Report on horse surra - Volume II, Part I
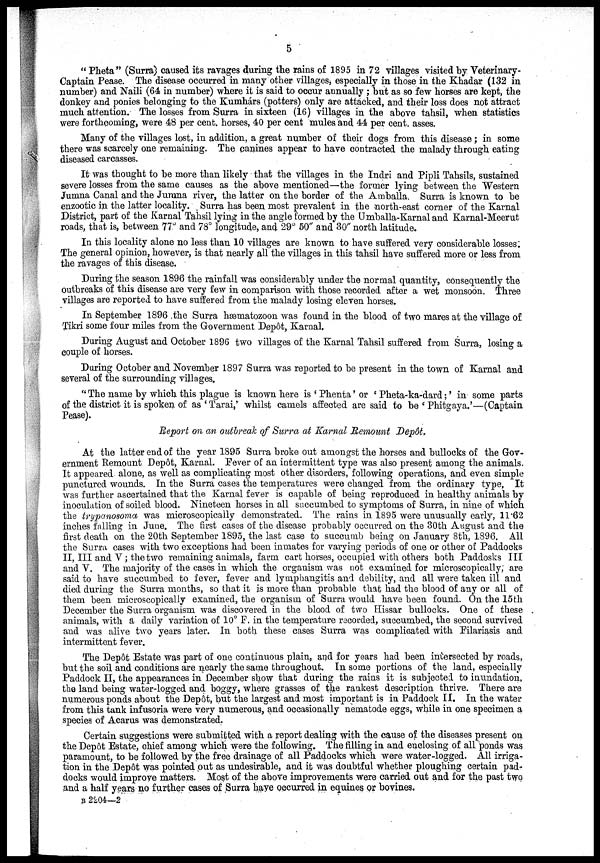
5
" Pheta" (Surra) caused its ravages during the rains of 1895 in 72 villages visited by Veterinary-
Captain Pease. The disease occurred in many other villages, especially in those in the Khadar (132 in
number) and Naili (64 in number) where it is said to occur annually ; but as so few horses are kept, the
donkey and ponies belonging to the Kumhárs (potters) only are attacked, and their loss does not attract
much attention. The losses from Surra in sixteen (16) villages in the above tahsil, when statistics
were forthcoming, were 48 per cent. horses, 40 per cent mules and 44 per cent. asses.
Many of the villages lost, in addition, a great number of their dogs from this disease ; in some
there was scarcely one remaining. The canines appear to have contracted the malady through eating
diseased carcasses.
It was thought to be more than likely that the villages in the Indri and Pipli Tahsils, sustained
severe losses from the same causes as the above mentioned—the former lying between the Western
Jumna Canal and the Jumna river, the latter on the border of the Amballa. Surra is known to be
enzootic in the latter locality. Surra has been most prevalent in the north-east corner of the Karnal
District, part of the Karnal Tahsil lying in the angle formed by the Umballa-Karnal and Karnal-Meerut
roads, that is, between 77° and 78° longitude, and 29° 50" and 30" north latitude.
In this locality alone no less than 10 villages are known to have suffered very considerable losses.
The general opinion, however, is that nearly all the villages in this tahsil have suffered more or less from
the ravages of this disease.
During the season 1896 the rainfall was considerably under the normal quantity, consequently the
outbreaks of this disease are very few in comparison with those recorded after a wet monsoon. Three
villages are reported to have suffered from the malady losing eleven horses.
In September 1896 the Surra hæmatozoon was found in the blood of two mares at the village of
Tikri some four miles from the Government Depôt, Karnal.
During August and October 1896 two villages of the Karnal Tahsil suffered from Surra, losing a
couple of horses.
During October and November 1897 Surra was reported to be present in the town of Karnal and
several of the surrounding villages.
" The name by which this plague is known here is ' Phenta' or ' Pheta-ka-dard ;' in some parts
of the district it is spoken of as ' Tarai,' whilst camels affected are said to be ' Phitgaya.'—(Captain
Pease).
Report on an outbreak of Surra at Karnal Remount Depôt.
At the latter end of the year 1895 Surra broke out amongst the horses and bullocks of the Gov-
ernment Remount Depôt, Karnal. Fever of an intermittent type was also present among the animals.
It appeared alone, as well as complicating most other disorders, following operations, and even simple
punctured wounds. In the Surra cases the temperatures were changed from the ordinary type. It
was further ascertained that the Karnal fever is capable of being reproduced in healthy animals by
inoculation of soiled blood. Nineteen horses in all succumbed to symptoms of Surra, in nine of which
the trypanosoma was microscopically demonstrated. The rains in 1895 were unusually early, 11.62
inches falling in June. The first cases of the disease probably occurred on the 30th August and the
first death on the 20th September 1895, the last case to succumb being on January 8th, 1896. All
the Surra cases with two exceptions had been inmates for varying periods of one or other of Paddocks
II, III and V ; the two remaining animals, farm cart horses, occupied with others both Paddosks III
and V. The majority of the cases in which the organism was not examined for microscopically; are
said to have succumbed to fever, fever and lymphangitis and debility, and all were taken ill and.
died during the Surra months, so that it is more than probable that had the blood of any or all of
them been microscopically examined, the organism of Surra would have been found. On the 15th
December the Surra organism was discovered in the blood of two Hissar bullocks. One of these
animals, with a daily variation of 10° F. in the temperature recorded, succumbed, the second survived
and was alive two years later. In both these cases Surra was complicated with Filariasis and
intermittent fever.
The Depôt Estate was part of one continuous plain, and for years had been intersected by roads,
but the soil and conditions are nearly the same throughout. In some portions of the land, especially
Paddock II, the appearances in December show that during the rains it is subjected to inundation,
the land being water-logged and boggy, where grasses of the rankest description thrive. There are
numerous ponds about the Depôt, but the largest and most important is in Paddock II. In the water
from this tank infusoria were very numerous, and occasionally nematode eggs, while in one specimen a
species of Acarus was demonstrated.
Certain suggestions were submitted with a report dealing with the cause of the diseases present on
the Depôt Estate, chief among which were the following. The filling in and enclosing of all ponds was,
paramount, to be followed by the free drainage of all Paddocks which were water-logged. All irriga-
tion in the Depôt was pointed out as undesirable, and it was doubtful whether ploughing certain pad-
docks would improve matters. Most of the above improvements were carried out and for the past two
and a half years no further cases of Surra have occurred in equines or bovines.
B 2204—2